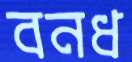
বনধ